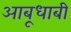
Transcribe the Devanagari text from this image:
आबूधाबी